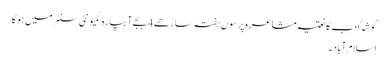
گوشہٴ ادب کا نعتیہ مشاعرہ پرسوں ہفتہ ساڑھے 4 بجے آبپارہ کمیونٹی سنٹر میں ہو گا
اسلام آباد ۔